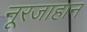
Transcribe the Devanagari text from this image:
नूरजाहान